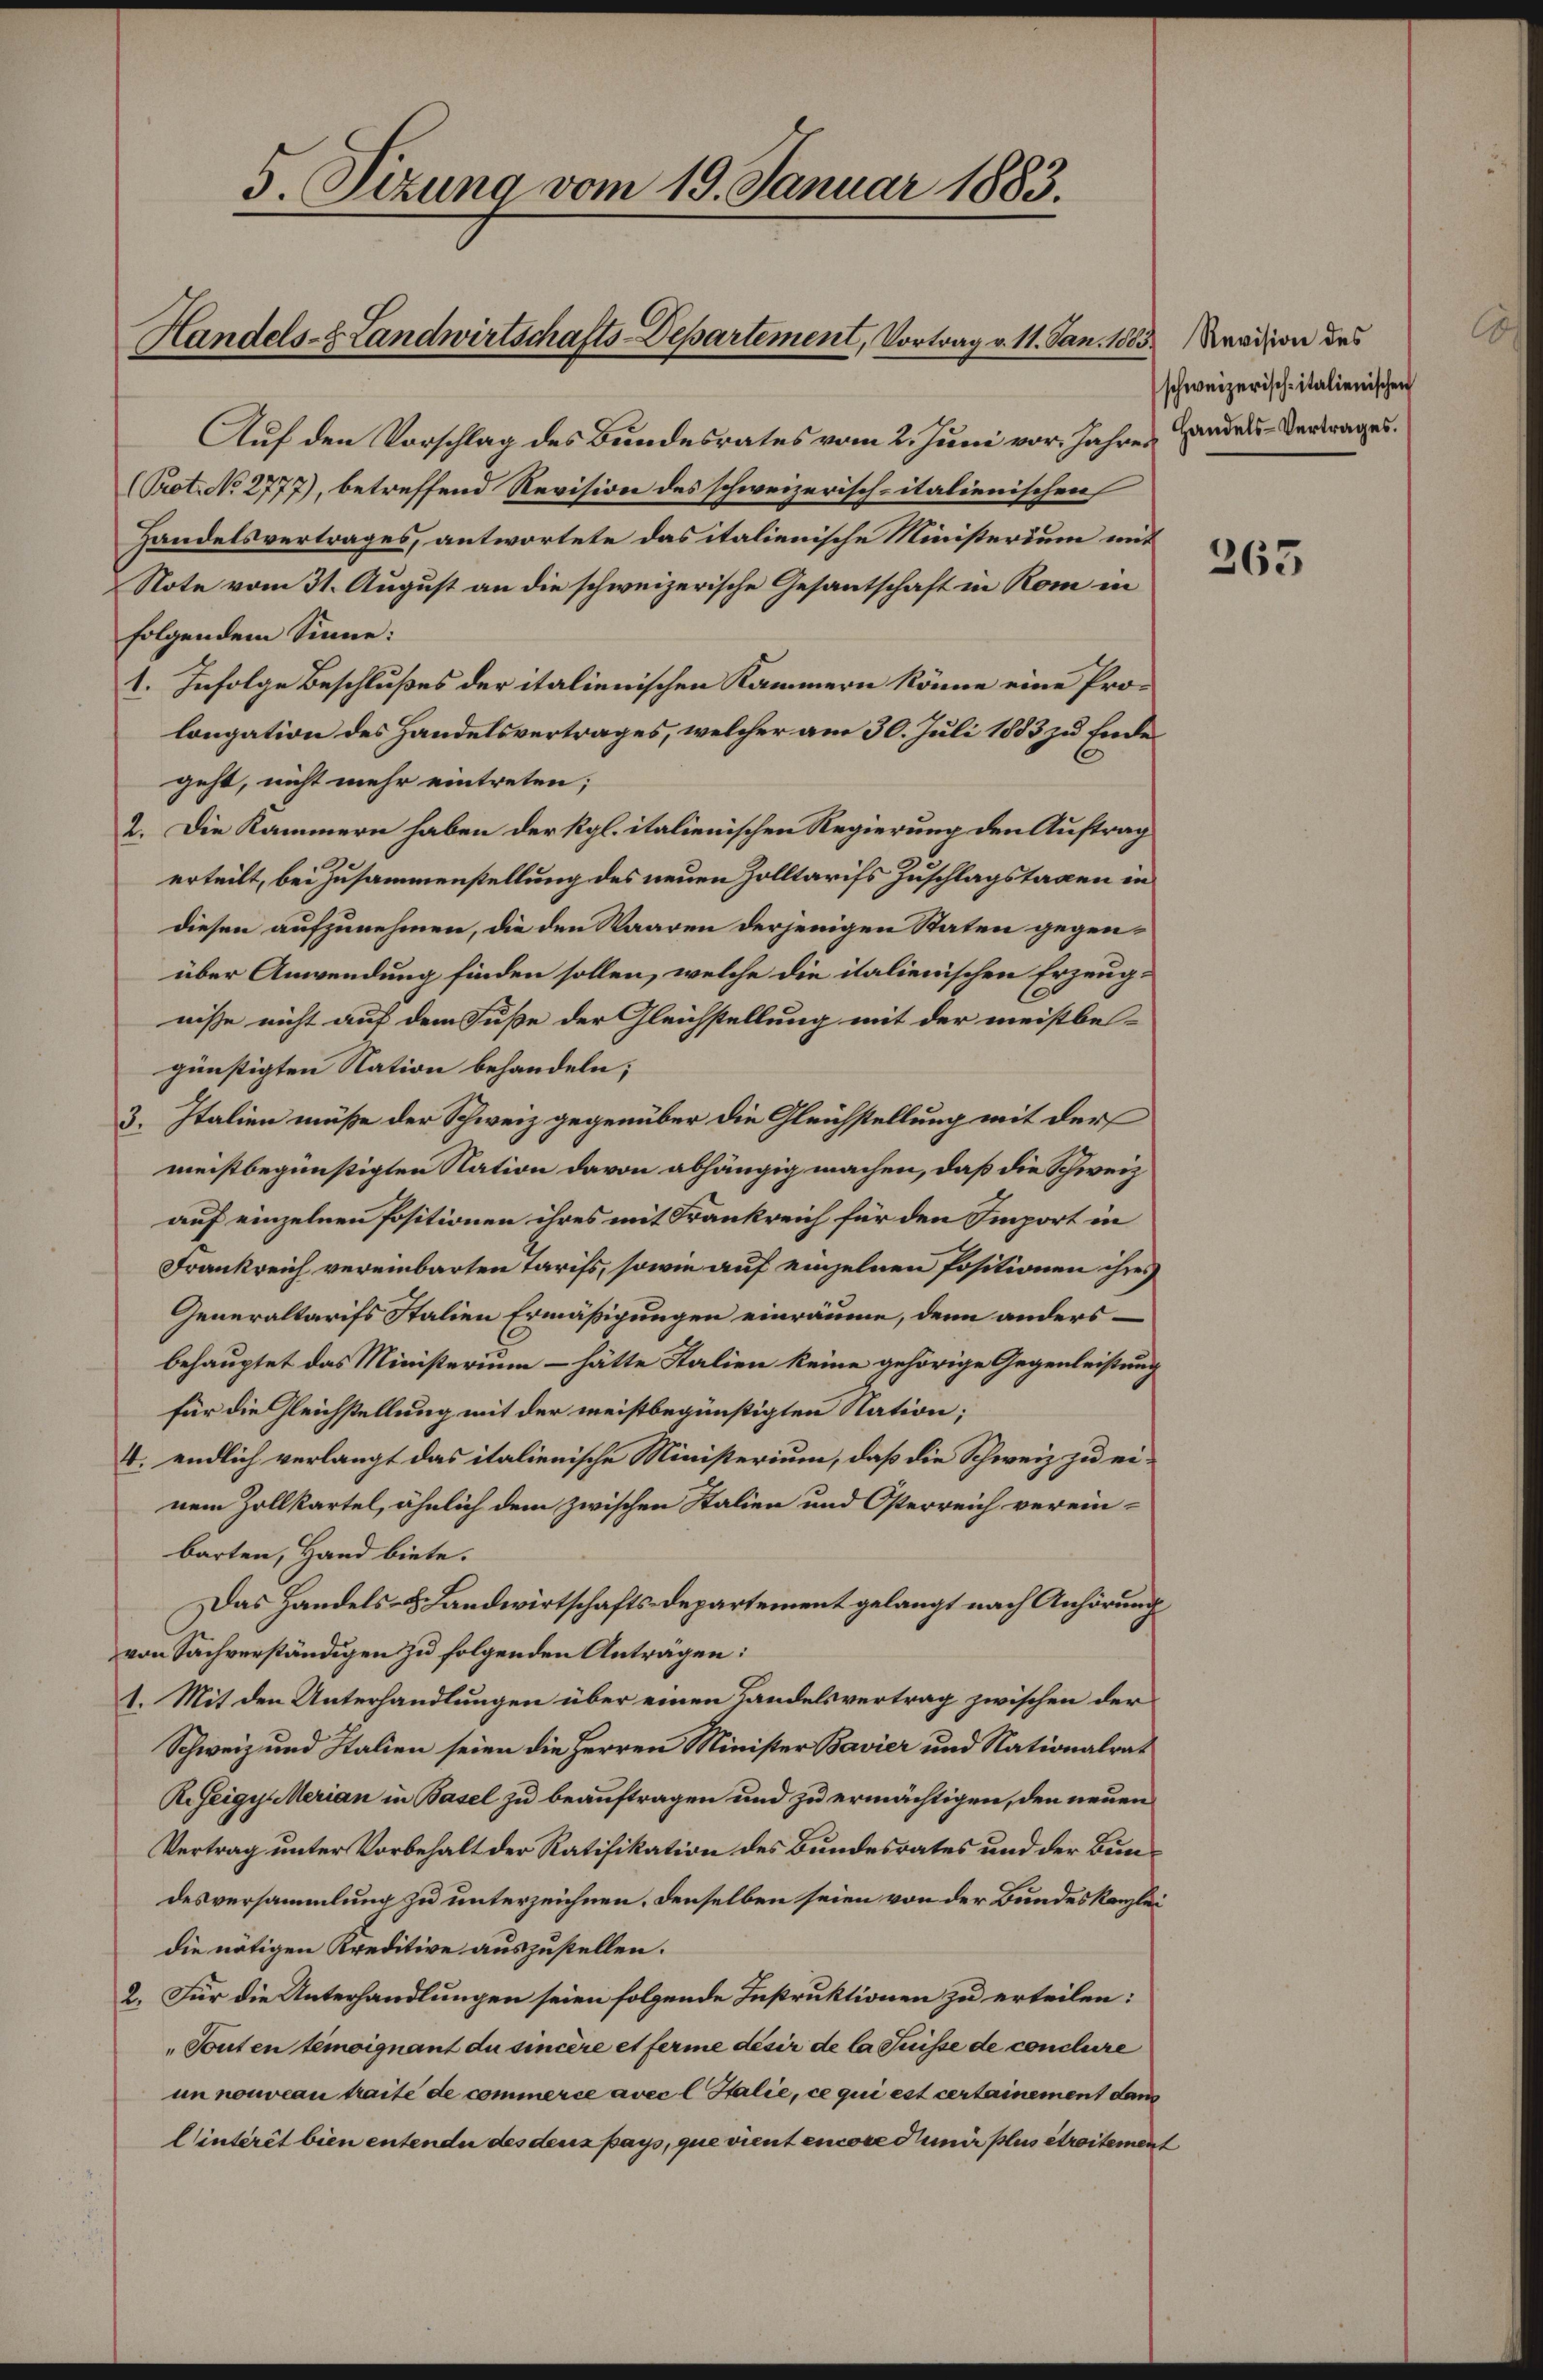
Handels- Landwirtschafts-Departement, Vortrag v. 11. Jan. 1883 Revision des

5 Sizung vom 19. Januar 1883.

Auf den Vorschlag des Bundesrates vom 2. Juni vor. Jahres Handels-Vertrages.
(Prot. No 2777), betreffend Revision des schweizerisch-italienischen
Handelsvertrages, antwortete das italienische Ministerium mit
Note vom 31. August an die schweizerische Gesantschaft in Rom in
folgendem Sinne:
1. Infolge Beschlußes der italienischen Kammern könne eine Prolongation des Handelsvertrages, welcher am 30. Juli 1883 zu Ende
geht, nicht mehr eintreten;
2. Die Kammern haben der Kgl. italienischen Regierung den Auftrag
erteilt, bei Zusammenstellung des neuen Zolltarifs Zuschlagstagen in
diesen aufzunehmen, die den Waaren derjenigen Staten gegenüber Anwendung finden sollen, welche die italienischen Erzeugniße nicht auf dem Fuße der Gleichstellung mit der meistbegünstigten Nation behandeln;
3. Italien müße der Schweiz gegenüber die Gleichstellung mit der
meistbegünstigten Nation davon abhängig machen, daß die Schweiz
auf einzelnen Positionen ihres mit Frankreich für den Import in
Frankreich vereinbarten Tarifs, sowie auf einzelnen Positionen ihres
Generaltarifs Stalien Ermäßigungen einräume, denn andersbehauptet das Ministerium - hätte Stalien keine gehörige Gegenleistung
für die Gleichstellung mit der meistbegünstigten Station;
4. endlich verlangt das italienische Ministerium, daß die Schweiz zu einem Zollkartel, ähnlich dem zwischen Stalien und Osterreich verein-
barten, Hand biete.
Das Handels- & Landwirtschafts-Departement gelangt nach Anhörung
von Sachverständigen zu folgenden Anträgen:
1. Mit den Unterhandlungen über einen Landelsvertrag zwischen der
Schweiz und Italien seien die Herren Minister Bavier und Nationalrat
R. Zeigy Merian in Basel zu beauftragen und zu ermächtigen, den neuen
Vertrag unter Vorbehalt der Ratifikation des Bundesrates und der Bundesversammlung zu unterzeichnen, denselben seien von der Bundeskanzlei
die nötigen Kreditive auszustellen.
2. Für die Unterhandlungen seien folgende Instruktionen zu erteilen:
„Touten temoignant du sincère et ferme desir de la Suisse de conclure
un nouveau traite de commerce avec l Italie, ce qui est certainement dans
Cintérêt bien entende des deus pays, que vient encore Junir plus étraitement

schweizerisch-italienischen

365